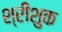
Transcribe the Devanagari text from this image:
श्रीशुक